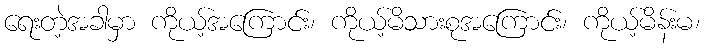
ရေးတဲ့အခါမှာ ကိုယ့်အကြောင်း၊ ကိုယ့်မိသားစုအကြောင်း၊ ကိုယ့်မိန်းမ၊